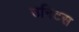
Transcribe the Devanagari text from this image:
उनिटस